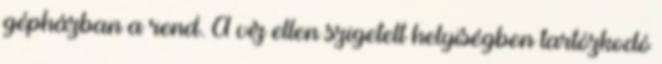
gépházban a rend. A víz ellen szigetelt helyiségben tartózkodó